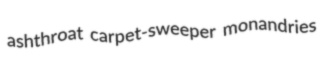
ashthroat carpet-sweeper monandries